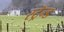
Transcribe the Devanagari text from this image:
स्ट्रॅन्ड